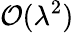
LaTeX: \mathcal{O}(\lambda^{2})